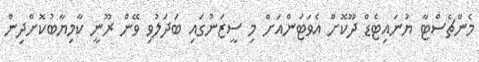
މެންޗެސްޓާ ޔުނައިޓެޑް ދޫކޮށް އެވަޓަންއަށް މި ސީޒަނުގައި ބަދަލުވި ވޭން ރޫނީ ކާމިޔާބުކޮށްދިން